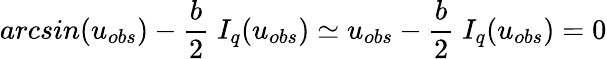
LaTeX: arcsin{(u_{obs})}-\frac{b}{2}\; I_{q}(u_{obs})\simeq u_{obs}-\frac{b}{2}\; I_{q}(u_{obs})=0